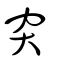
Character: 穾